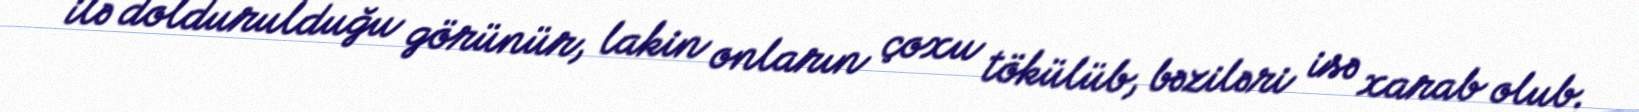
ilə doldurulduğu görünür, lakin onların çoxu tökülüb, bəziləri isə xarab olub.